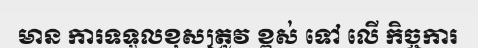
មាន ការទទួលខុសត្រូវ ខ្ពស់ ទៅ លើ កិច្ចការ